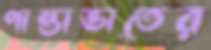
পান্তাভাতের